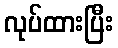
လုပ်ထားပြီး